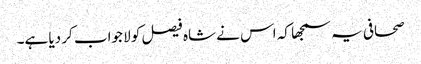
صحافی یہ سمجھا کہ اس نے شاہ فیصل کو لا جواب کر دیا ہے۔